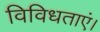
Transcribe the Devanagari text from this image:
विविधताएं।